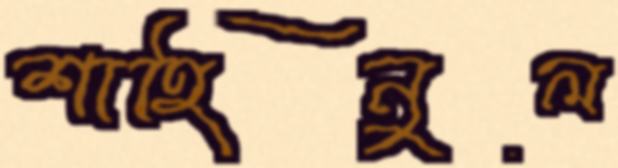
শাহিনুল